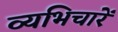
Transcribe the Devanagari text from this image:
व्यभिचारें